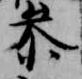
参